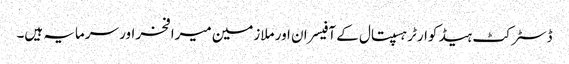
ڈسٹرکٹ ہیڈ کوارٹر ہسپتال کے آفیسران اور ملازمین میرا فخر اور سرمایہ ہیں۔